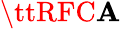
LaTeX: \ttRFC\mathbf{A}